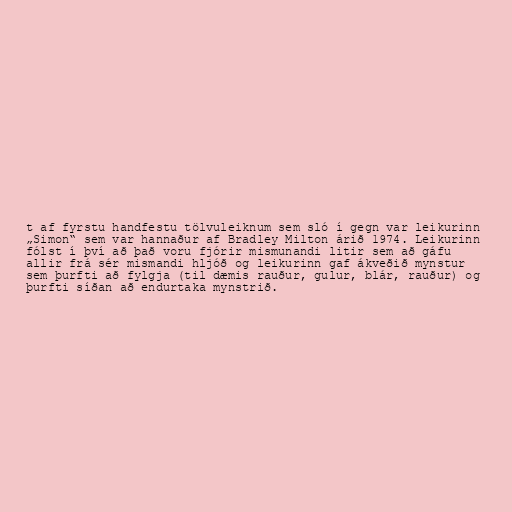
t af fyrstu handfestu tölvuleiknum sem sló í gegn var leikurinn
„Simon“ sem var hannaður af Bradley Milton árið 1974. Leikurinn
fólst í því að það voru fjórir mismunandi litir sem að gáfu
allir frá sér mismandi hljóð og leikurinn gaf ákveðið mynstur
sem þurfti að fylgja (til dæmis rauður, gulur, blár, rauður) og
þurfti síðan að endurtaka mynstrið.